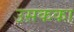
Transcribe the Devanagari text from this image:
उसकका